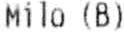
MILO (B)